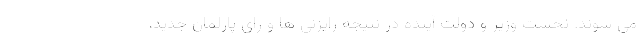
می شوند. نخست وزیر و دولت آینده در نتیجه رایزنی ها و رای پارلمان جدید،